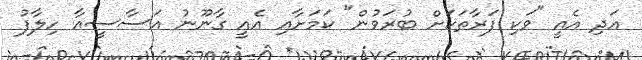
އަދި އެއީ "ވަކި ފަރާތަކަށް ބުރަވުން" ކަމަށާއި އެއީ ގާނޫނު އަސާސީއާ ހިލާފު